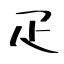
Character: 疋